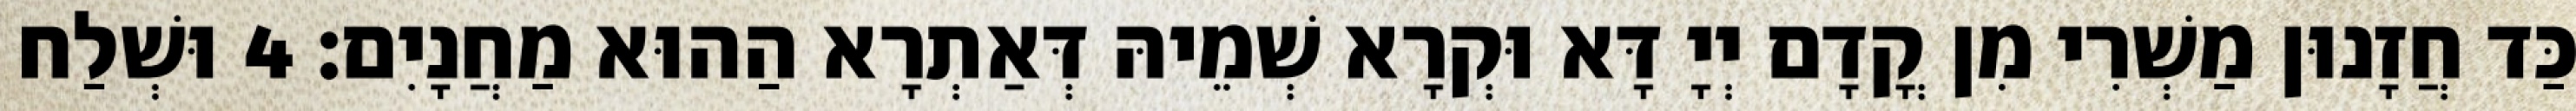
כַּד חֲזָנוּן מַשְׁרִי מִן קֳדָם יְיָ דָּא וּקְרָא שְׁמֵיהּ דְּאַתְרָא הַהוּא מַחֲנָיִם׃ 4 וּשְׁלַח